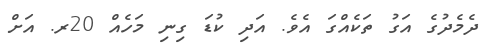
ދެމެދުގެ އަގު ތަކެއްގަ އެވެ. އަދި ކުޑަ ގިނި މަހެއް 20ރ. އަށް